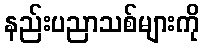
နည်းပညာသစ်များကို